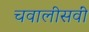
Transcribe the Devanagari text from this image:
चवालीसवीं